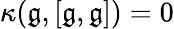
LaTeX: \kappa({\mathfrak{g}},[{\mathfrak{g}},{\mathfrak{g}}])=0